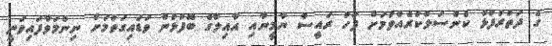
ގެ ދަތުރުފުޅު ކެންސަލްކުރެއްވުމަށް ފަހު ރައީސް ޔާމީނާއި އާއިލާގެ ބޭފުޅުން ވަޑައިގަތުމަށް ނިންމަވާފައިވަނީ